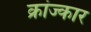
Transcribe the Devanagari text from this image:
क्रांज्कार